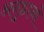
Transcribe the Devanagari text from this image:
अनुष्ठानो